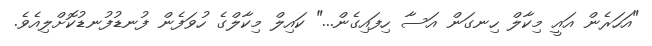
"އަހަރެން އައީ މިކާލް ހިނގަން އަސާ ހިފައިގެން..." ކައިލް މިކާލްގެ ހުވަފެން ފުނޑުފުނޑުކޮށްލިއެވެ.